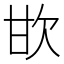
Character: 𣢟